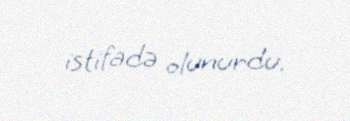
istifadə olunurdu.